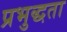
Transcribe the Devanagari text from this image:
प्रभुद्धता